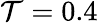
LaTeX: \mathcal{T}=0.4